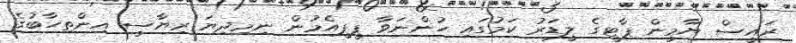
ރައީސް ޔާމީން ޕާޓީގެ ލީޑަރު ކަމުގައި ހުންނަވާ ޕީޕީއެމުން ނިމިދިޔަ ރިޔާސީ އިންތިހާބުގެ